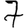
Digit: 7